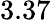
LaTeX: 3.37